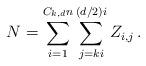
LaTeX: \begin{align*} N = \sum_{i=1}^{C_{k,d}n} \sum_{j = ki}^{(d/2)i} Z_{i,j}\,.\end{align*}